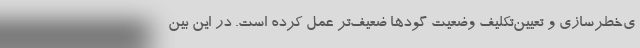
ی‌خطرسازی و تعیین‌تکلیف وضعیت گودها ضعیف‌تر عمل کرده است. در این بین